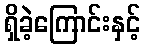
ရှိခဲ့ကြောင်းနှင့်